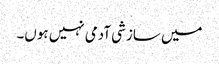
میں سازشی آدمی نہیں ہوں۔